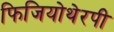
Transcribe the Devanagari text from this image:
फिजियोथेरपी